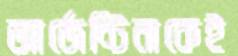
আর্জেন্টিনাকেই